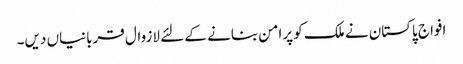
افواج پاکستان نے ملک کو پرامن بنانے کے لئے لازوال قربانیاں دیں۔